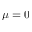
\mu = 0